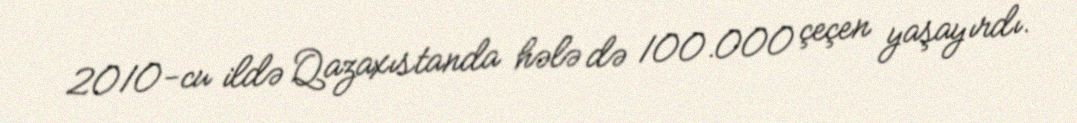
2010-cu ildə Qazaxıstanda hələ də 100.000 çeçen yaşayırdı.